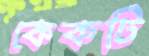
কেকটি